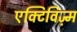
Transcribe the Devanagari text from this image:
एक्टिविज़्म